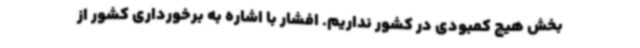
بخش هیچ کمبودی در کشور نداریم. افشار با اشاره به برخورداری کشور از